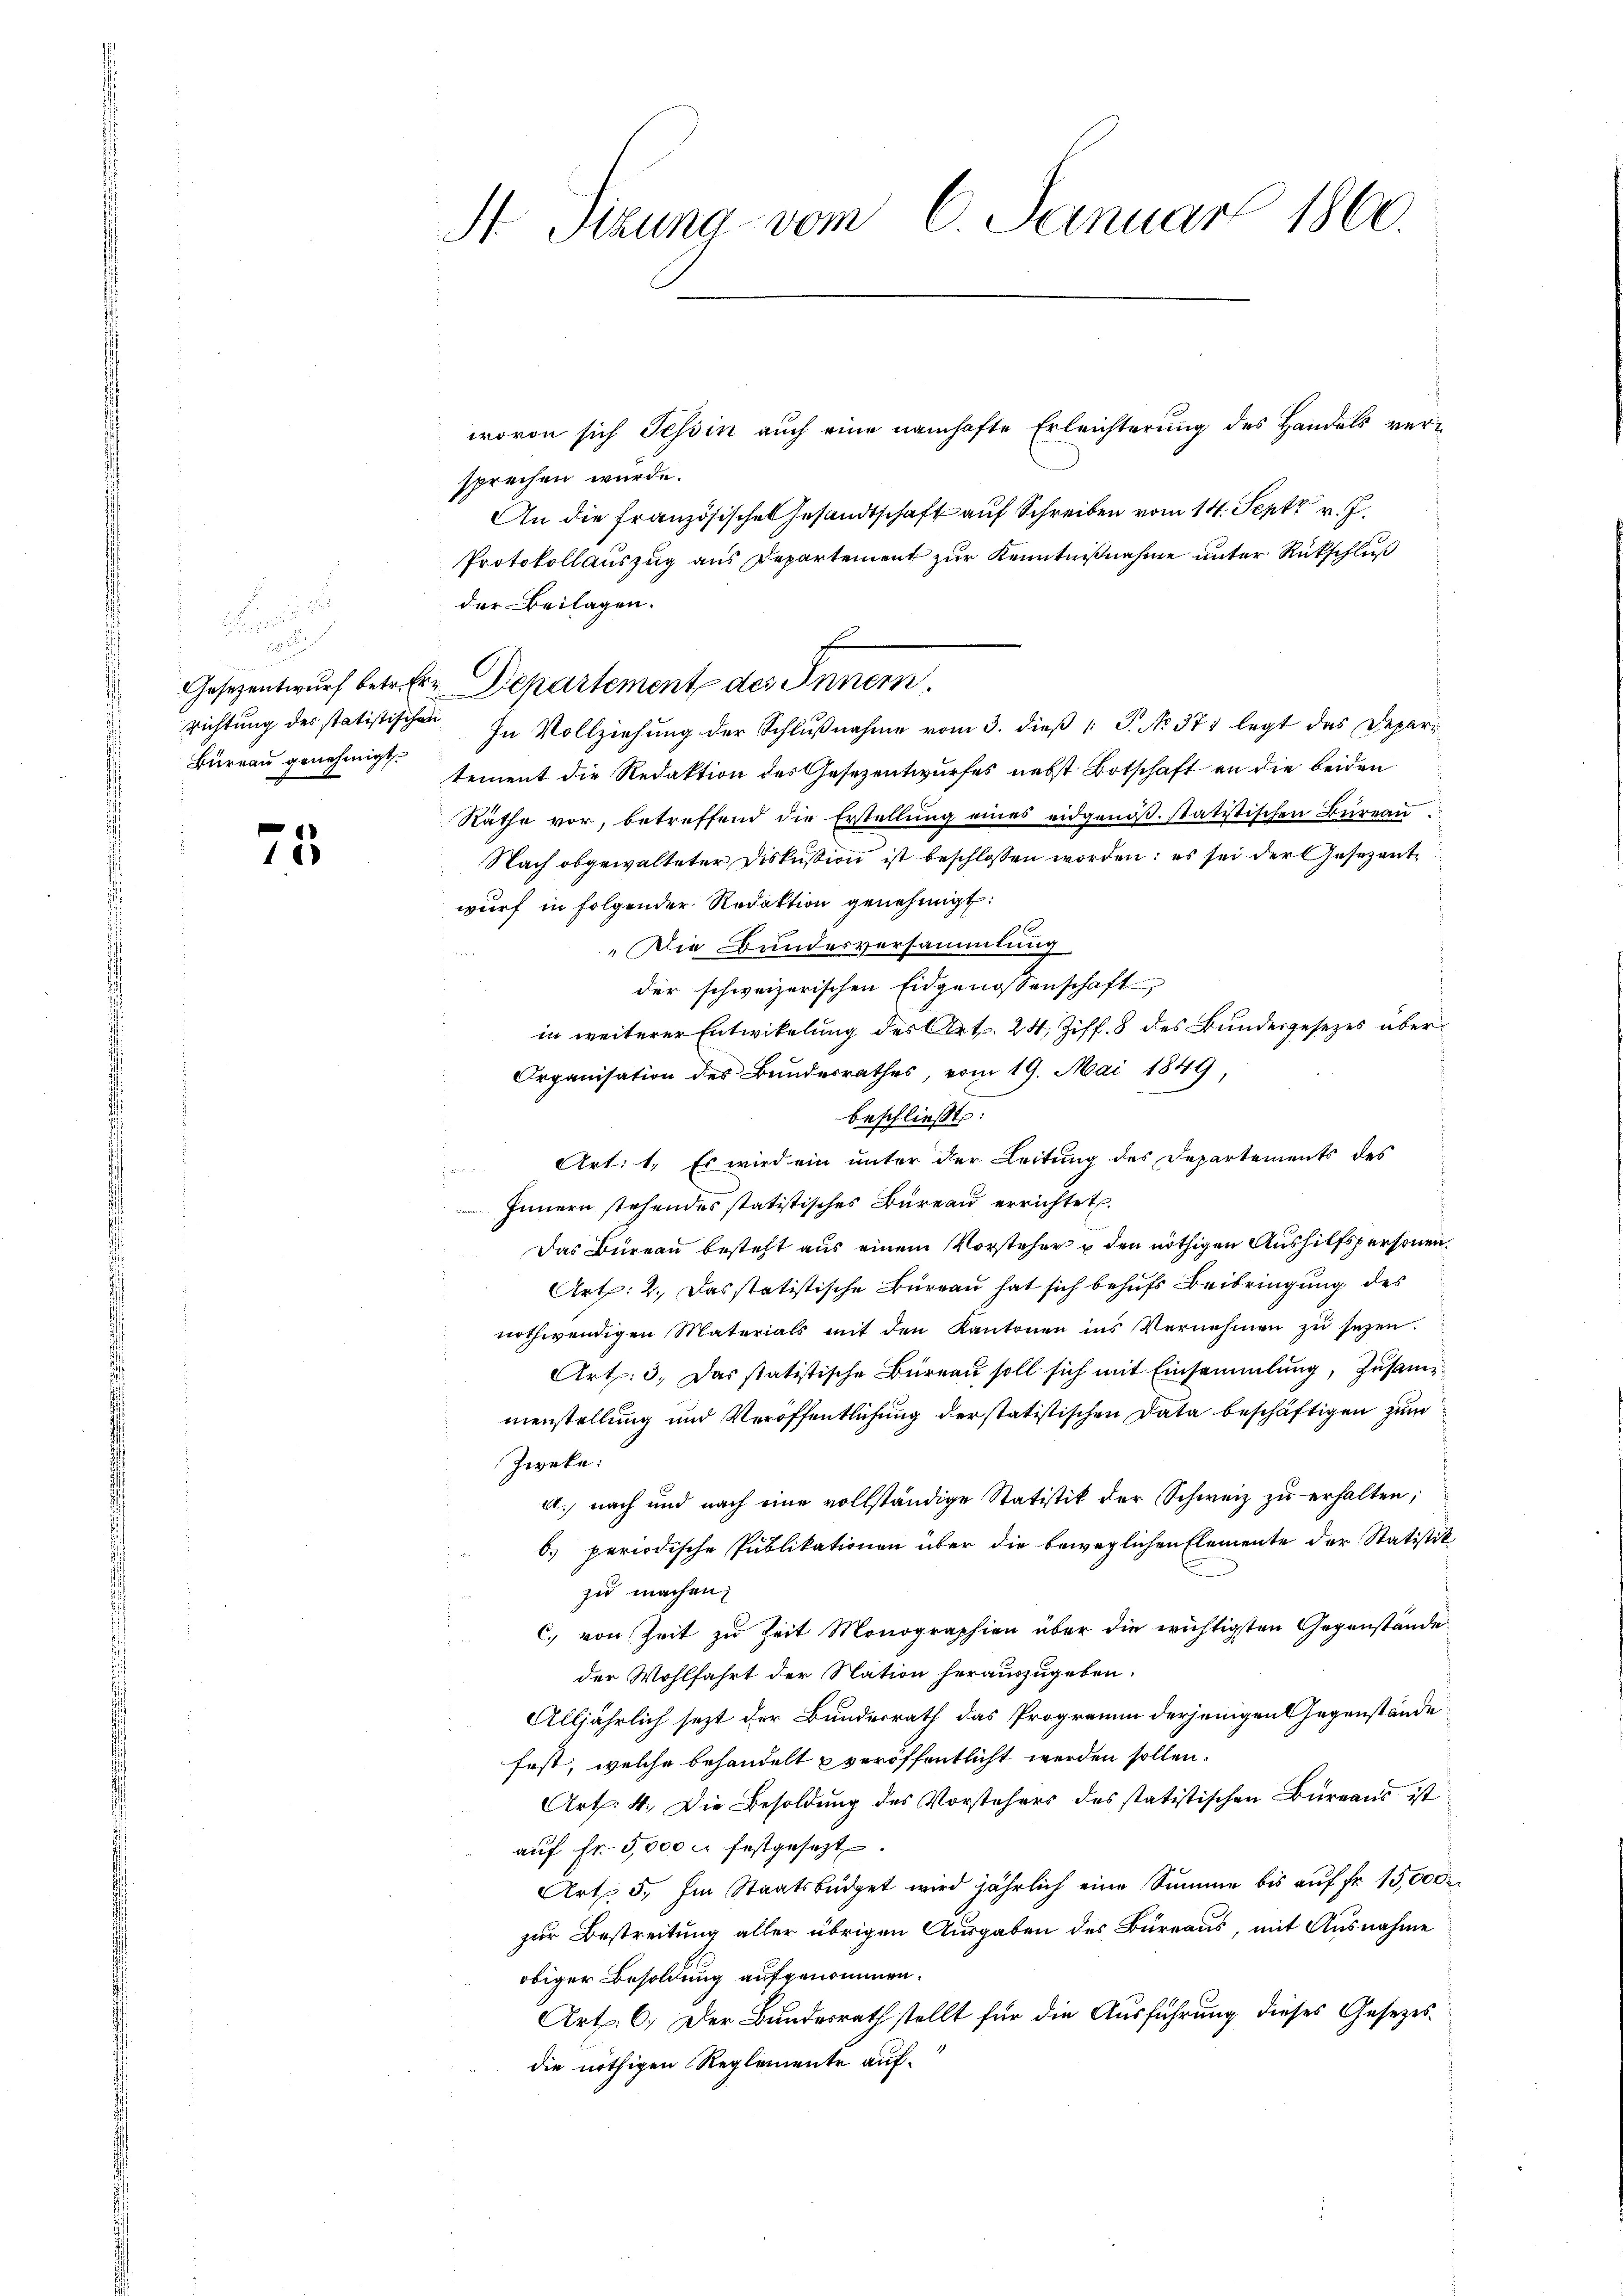
Büreau genehmigt.

75

H Pizuna vom 6. Januar 1860.

wovon sich Tessin auch eine namhafte Erleichterung des Handels versprechen wurde.
An die französisches Gesandtschaft auf Schreiben vom 14. Sept v. J.
Protokollauszug aus Departement zur Kenntnißnahme unter Rückschluß
der Beilagen.
richtung des statistischen In Vollziehung der Schlußnahme vom 3. dieß P. No 374 legt das Departement die Redaktion des Gesezentwurfes nebst Botschaft an die beiden
Räthe vor, betreffend die Erstellung eines eidgenöß. statitischen Büreau.
Nach obgewalteter Diskussion ist beschlossen worden: es sei der Gesezentwurf in folgender Redaktion genehmigt:
Die Bundesversammlung
der schweizerischen Eidgenossenschaft
in weiterer Entwikelung des Art. 24, Ziff. 8 des Bundesgesezes über¬
Organisation des Bundesrathes, vom 19. Mai 1849,
beschließt:
Art: 1. Es wird ein unter der Leitung des Departements des
Innern stehendes statistisches Bureau errichtet.
Das Bureau besteht aus einem Vorsteher u den nöthigen Aushilfspersonen.
Art: 2. Das statistische Bureau hat sich behufs Beibringung des
nothwendigen Materials mit den Kantonen ins Vernehmen zu sezen.
Art: 3. Das statistische Büreau soll sich mit Einsammlung, zusammmenstellung und Veröffentlichung der statistischen Data beschäftigen zum
Zweke:
a. nach und nach eine vollständige Statistik der Schweiz zu erhalten;
b. periodische Publikationen über die beweglichen Elemente der Statistik
zu machen.
c. von Zeit zu Zeit Monographien über die wichtigsten Gegenstände
der Wohlfahrt der Nation herauszugeben.
Alljährlich jezt der Bundesrath das Programm derjenigenlegenstände
fest, welche behandelt u veröffentlicht werden sollen.
Art: 4. Die Besoldung des Vorstehers des statistischen Büreaus ist
aŭf fr. 5000 m festgesetzt.
Art. 5. Im Staatsbüdget wird jährlich eine Summe bis aŭf fr. 15,000
zur Bestreitung aller übrigen Ausgaben des Bureaus, mit Ausnahme
obiger Besoldung aufgenommen.
Art. 6. Der Bundesrath stellt für die Ausführung dieses Gesezesdie nöthigen Reglemente auf¬

Gesezentwurf betreten Departement des Innern.